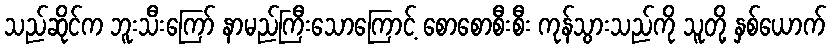
သည်ဆိုင်က ဘူးသီးကြော် နာမည်ကြီးသောကြောင့် စောစောစီးစီး ကုန်သွားသည်ကို သူတို့ နှစ်ယောက်